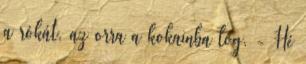
a rókát, az orra a kokainba lóg. - Hé